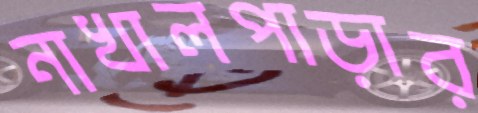
নাখালপাড়ার